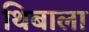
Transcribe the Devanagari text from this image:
थिबाला